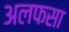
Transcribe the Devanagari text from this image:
अलफसा